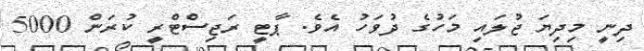
ދިނީ މިދިޔަ ޖުލައި މަހުގެ ދުވަހު އެވެ. ޕާޓީ ރަޖިސްޓްރީ ކުރަން 5000